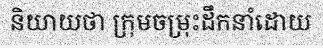
និយាយថា ក្រុមចម្រុះដឹកនាំដោយ